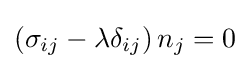
\left(\sigma _{ij}-\lambda \delta _{ij}\right)n_{j}=0